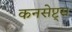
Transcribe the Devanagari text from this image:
कनसेप्ट्स